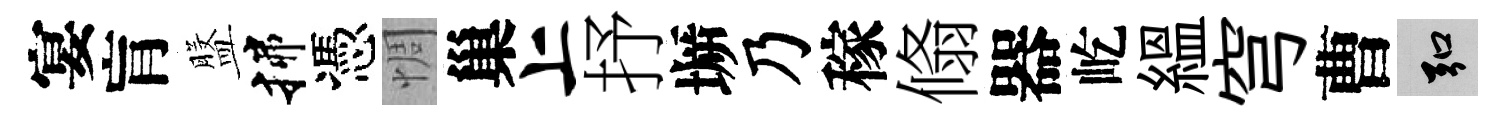
宴肓盤揲憑惆巢上抒󶱲乃稼翛器屹緼穹曹弘